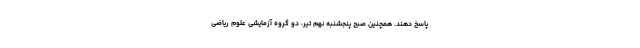
پاسخ دهند. همچنین صبح پنجشنبه نهم تیر، دو گروه آزمایشی علوم ریاضی